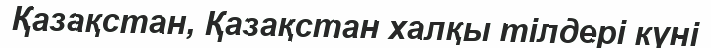
Қазақстан, Қазақстан халқы тілдері күні